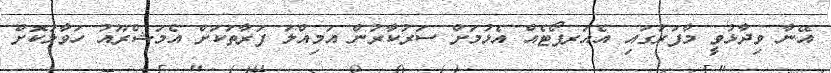
އޭނާ ވިދާޅުވީ މާފަރުގައި އެއަރޕޯޓެއް އެޅުމަށް ސަރުކާރުން އަމިއްލަ ފަރާތަކަށް އެމަޝްރޫއު ހަވާލުކޮށް